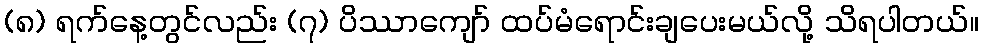
(၈) ရက်နေ့တွင်လည်း (၇) ပိဿာကျော် ထပ်မံရောင်းချပေးမယ်လို့ သိရပါတယ်။